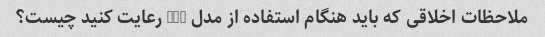
ملاحظات اخلاقی که باید هنگام استفاده از مدل GPT رعایت کنید چیست؟